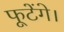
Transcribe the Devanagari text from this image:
फूटेंगे।